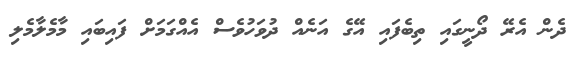
ދެން އެރޭ ދޯނީގައި ތިބެފައި އޭގެ އަނެއް ދުވަހުވެސް އެއްގަމަށް ފައިބައި މާމެލާމެލި